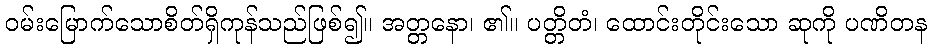
ဝမ်းမြောက်သောစိတ်ရှိကုန်သည်ဖြစ်၍။ အတ္တနော၊ ၏။ ပတ္တိတံ၊ ထောင်းတိုင်းသော ဆုကို ပဏိတန